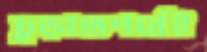
চূড়ান্তপর্বেই